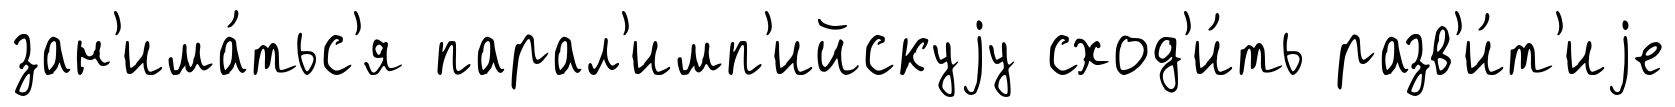
зан'има́тьс'я парал'имп'ийскуjу сход'и́ть разв'и́т'иjе